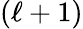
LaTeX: (\ell+1)